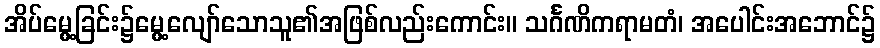
အိပ်မွေ့ခြင်း၌မွေ့လျော်သောသူ၏အဖြစ်လည်းကောင်း။ သင်္ဂဏိကရာမတံ၊ အပေါင်းအဘောင်၌